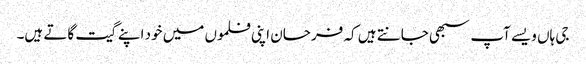
جی ہاں ویسے آپ سبھی جانتے ہیں کہ فرحان اپنی فلموں میں خود اپنے گیت گاتے ہیں۔